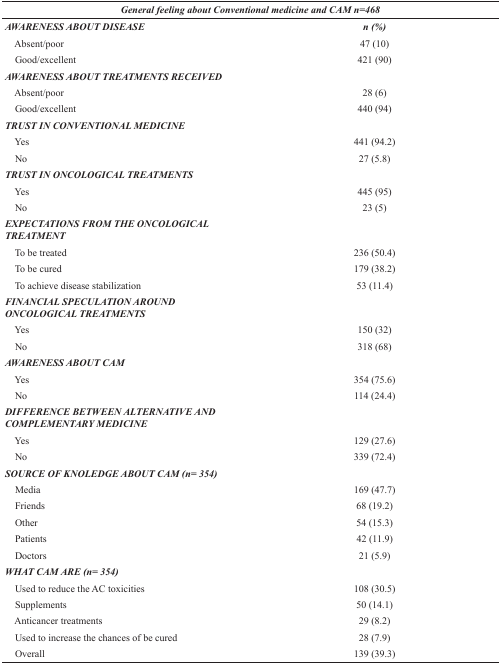
| <COLSPAN=2> General feeling about Conventional medicine and CAM n=468 |
 | --- | --- |
 | AWARENESS ABOUT DISEASE | n (%) |
 | Absent/poor | 47 (10) |
 | Good/excellent | 421 (90) |
 | AWARENESS ABOUT TREATMENTS RECEIVED |  |
 | Absent/poor | 28 (6) |
 | Good/excellent | 440 (94) |
 | TRUST IN CONVENTIONAL MEDICINE |  |
 | Yes | 441 (94.2) |
 | No | 27 (5.8) |
 | TRUST IN ONCOLOGICAL TREATMENTS |  |
 | Yes | 445 (95) |
 | No | 23 (5) |
 | EXPECTATIONS FROM THE ONCOLOGICAL TREATMENT |  |
 | To be treated | 236 (50.4) |
 | To be cured | 179 (38.2) |
 | To achieve disease stabilization | 53 (11.4) |
 | FINANCIAL SPECULATION AROUND ONCOLOGICAL TREATMENTS |  |
 | Yes | 150 (32) |
 | No | 318 (68) |
 | AWARENESS ABOUT CAM |  |
 | Yes | 354 (75.6) |
 | No | 114 (24.4) |
 | DIFFERENCE BETWEEN ALTERNATIVE AND COMPLEMENTARY MEDICINE |  |
 | Yes | 129 (27.6) |
 | No | 339 (72.4) |
 | SOURCE OF KNOLEDGE ABOUT CAM (n= 354) |  |
 | Media | 169 (47.7) |
 | Friends | 68 (19.2) |
 | Other | 54 (15.3) |
 | Patients | 42 (11.9) |
 | Doctors | 21 (5.9) |
 | WHAT CAM ARE (n= 354) |  |
 | Used to reduce the AC toxicities | 108 (30.5) |
 | Supplements | 50 (14.1) |
 | Anticancer treatments | 29 (8.2) |
 | Used to increase the chances of be cured | 28 (7.9) |
 | Overall | 139 (39.3) |